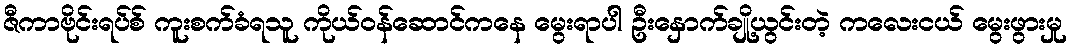
ဇီကာဗိုင်းရပ်စ် ကူးစက်ခံရသူ ကိုယ်ဝန်ဆောင်ကနေ မွေးရာပါ ဦးနှောက်ချို့ယွင်းတဲ့ ကလေးငယ် မွေးဖွားမှု